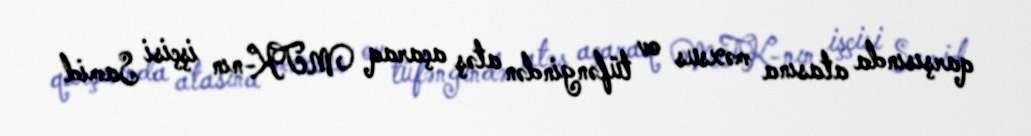
qarşısında atasına məxsus ov tüfəngindən atəş açaraq MTK-nın işçisi Samid